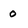
Character: 0